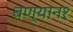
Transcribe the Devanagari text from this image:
बण्यान१